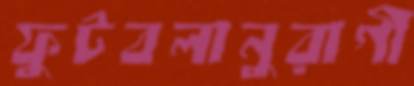
ফুটবলানুরাগী